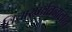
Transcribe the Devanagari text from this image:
विचारप्रर्वतनालाच